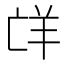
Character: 𮊤